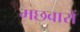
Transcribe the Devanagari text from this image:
मछवारों